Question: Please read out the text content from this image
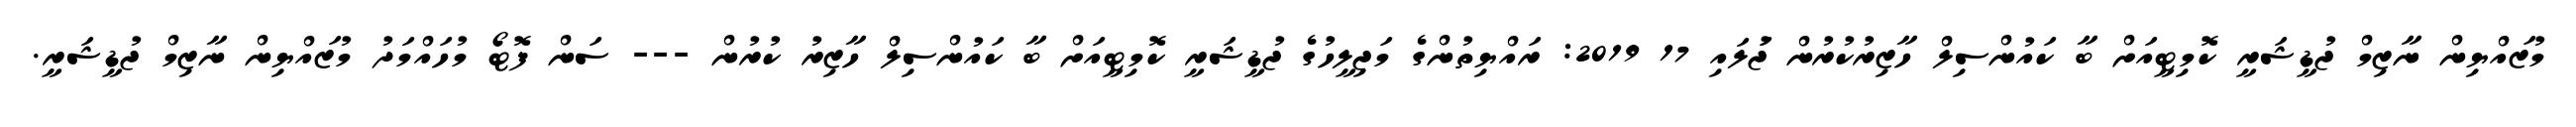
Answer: މުޒައްޔިން ނާޒިމް ޖުޑީޝަރީ ކޮމިޓީއަށް ބާ ކައުންސިލް ހާޒިރުކުރުން ޖުަލައި 17 2019: ރައްޔިތުންގެ މަޖިލީހުގެ ޖުޑީޝަރީ ކޮމިޓީއަށް ބާ ކައުންސިލް ހާޒިރު ކުރުން --- ސަން ފޮޓޯ މުހައްމަދު މުޒައްޔިން ނާޒިމް ޖުޑީޝަރީ.